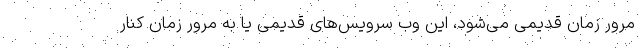
مرور زمان قدیمی می‌‌‌شود، این وب سرویس‌های قدیمی یا به مرور زمان کنار